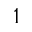
1